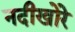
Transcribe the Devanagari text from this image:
नदीखोरे